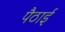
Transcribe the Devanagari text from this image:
पैठाई